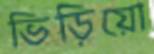
ভিড়িয়ো